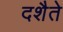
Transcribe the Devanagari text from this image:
दशैते